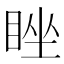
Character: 睉